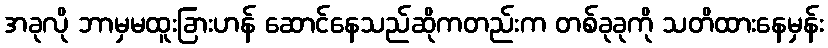
အခုလို ဘာမှမထူးခြားဟန် ဆောင်နေသည်ဆိုကတည်းက တစ်ခုခုကို သတိထားနေမှန်း